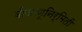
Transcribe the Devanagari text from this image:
बीजाणूनिर्मिती